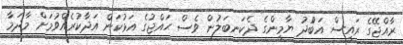
ރާއްޖޭގެ ރައީސް އަބްުދު ޔާމީންގެ ދެކަނބަލުން ވެސް ޙައްޖުގެ އަޅުކަން އަދާކުރެއްވުމަށް މާދަމާ